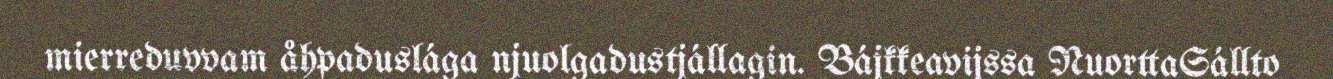
mierreduvvam åhpaduslága njuolgadustjállagin. Bájkkeavijssa NuorttaSállto